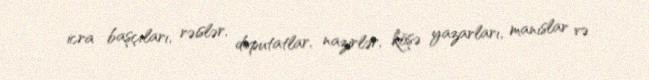
icra başçıları, rəislər, deputatlar, nazirlər, köşə yazarları, manıslar və